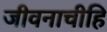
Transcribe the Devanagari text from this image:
जीवनाचीहि